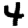
Digit: 4